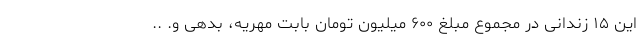
این ۱۵ زندانی در مجموع مبلغ ۶۰۰ میلیون تومان بابت مهریه، بدهی و. ..